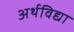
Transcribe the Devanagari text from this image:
अर्थविद्या